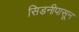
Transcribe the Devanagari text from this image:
सिडनीपासून